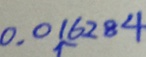
0 . 0 1 6 2 8 4